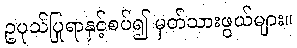
ဥပုသ်ပြုရာနှင့်စပ်၍ မှတ်သားဖွယ်များ။